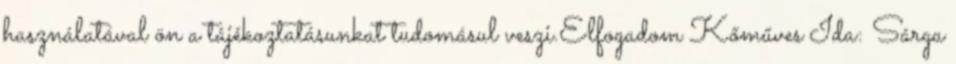
használatával ön a tájékoztatásunkat tudomásul veszi.Elfogadom Kőműves Ida: Sárga